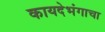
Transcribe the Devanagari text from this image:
कायदेभंगाचा